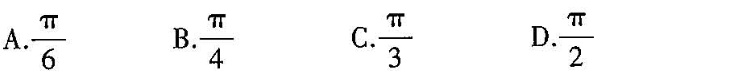
A.\frac{π}{6} B.\frac{π}{4} C.\frac{π}{3} D.\frac{π}{2}